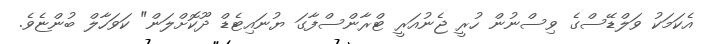
އެކަމަކު ވަލްޑޭސްގެ ވިސްނުން ހުރީ ޖެނުއަރީ ޓްރާންސްފާގަ ޔުނައިޓެޑް ދޫކޮށްލަން" ކަވަހާލް ބުންޏެވެ.